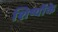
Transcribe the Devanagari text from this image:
शिष्योंके